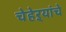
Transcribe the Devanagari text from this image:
चेहेऱ्यांचे